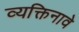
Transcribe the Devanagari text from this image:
व्यक्तिनावे